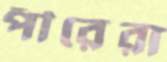
পীরেরা